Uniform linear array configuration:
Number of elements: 8
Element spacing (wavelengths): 0.5
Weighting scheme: exponential
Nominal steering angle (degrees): -30
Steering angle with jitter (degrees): -29.961
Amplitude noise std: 0.05
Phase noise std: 0.05

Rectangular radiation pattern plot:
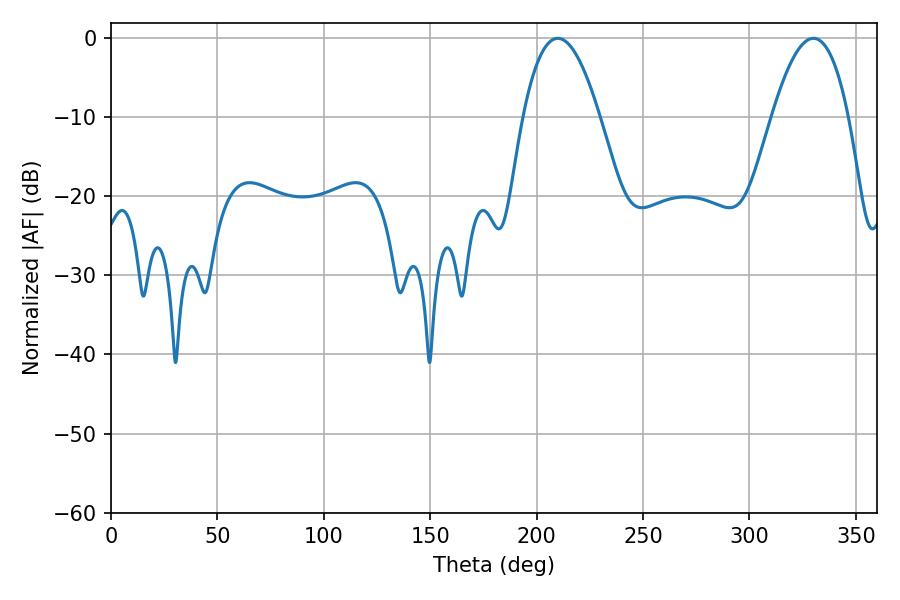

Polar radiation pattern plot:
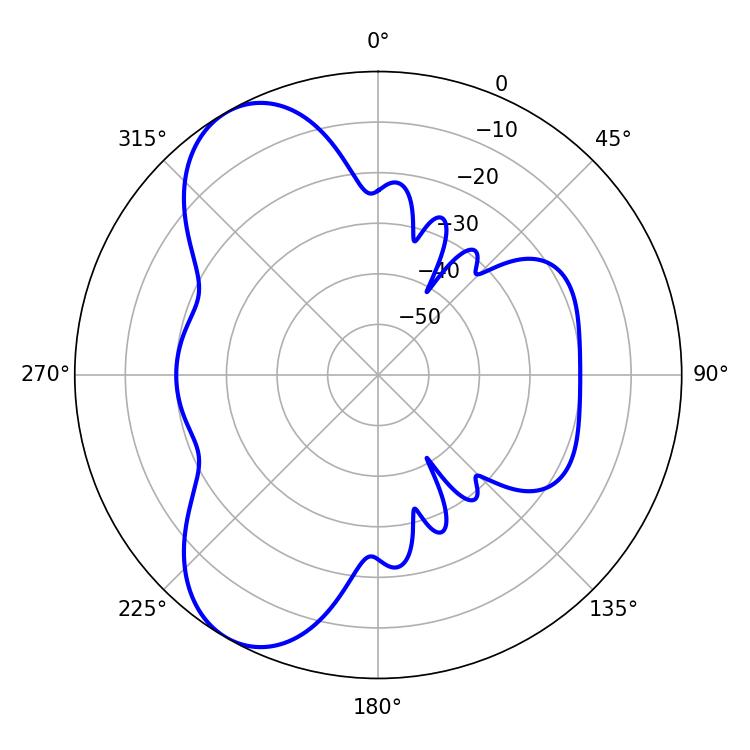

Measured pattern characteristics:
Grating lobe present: FALSE
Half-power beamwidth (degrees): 19.8
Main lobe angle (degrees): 209.88